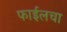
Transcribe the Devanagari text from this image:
फाईलचा